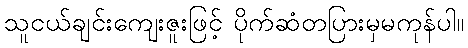
သူငယ်ချင်းကျေးဇူးဖြင့် ပိုက်ဆံတပြားမှမကုန်ပါ။